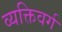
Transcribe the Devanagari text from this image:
व्यक्तिवर्ग